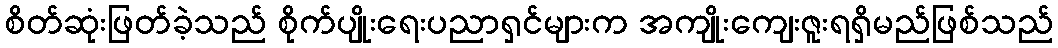
စိတ်ဆုံးဖြတ်ခဲ့သည် စိုက်ပျိုးရေးပညာရှင်များက အကျိုးကျေးဇူးရရှိမည်ဖြစ်သည်